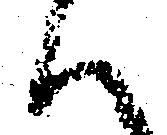
候